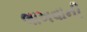
લાખવાની